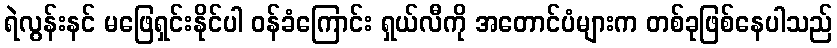
ရဲလွန်းနင် မဖြေရှင်းနိုင်ပါ ဝန်ခံကြောင်း ရှယ်လီကို အတောင်ပံများက တစ်ခုဖြစ်နေပါသည်